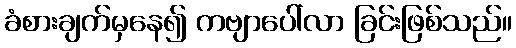
ခံစားချက်မှနေ၍ ကဗျာပေါ်လာ ခြင်းဖြစ်သည်။